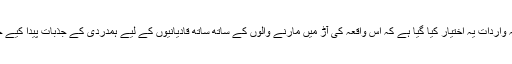
طریقہ واردات یہ اختیار کیا گیا ہے کہ اس واقعہ کی آڑ میں مارنے والوں کے ساتھ ساتھ قادیانیوں کے لیے ہمدردی کے جذبات پیدا کیے جائیں۔